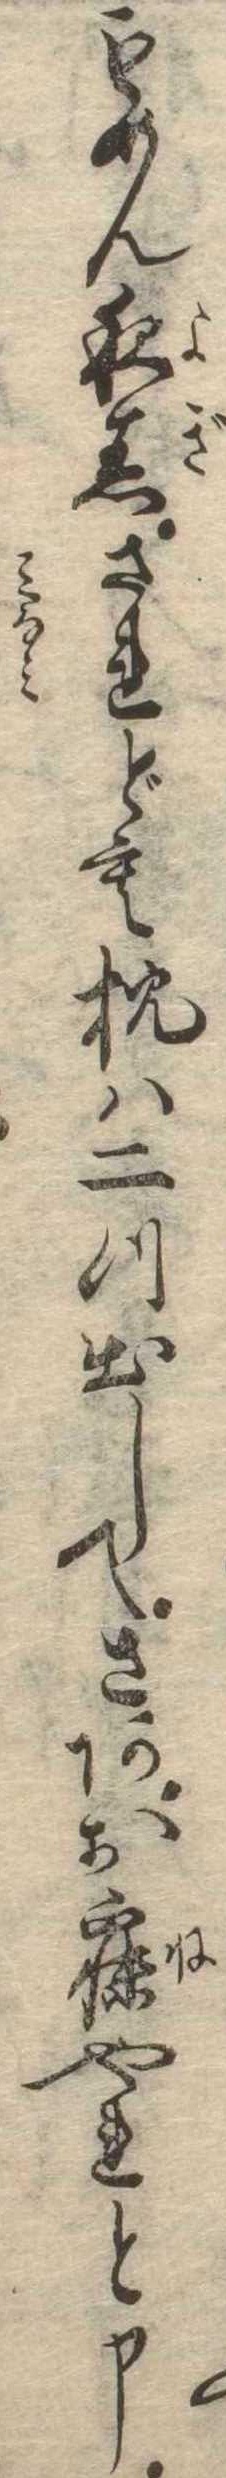
もめん夜着されども枕は二つ出してさあお寐やれと申